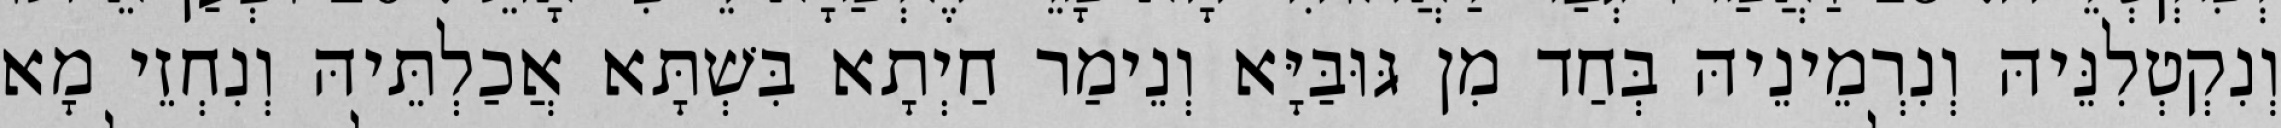
וְנִקְטְלִנֵּיהּ וְנִרְמֵינֵיהּ בְּחַד מִן גּוּבַּיָּא וְנֵימַר חַיְתָא בִּשְׁתָּא אֲכַלְתֵּיהּ וְנִחְזֵי מָא